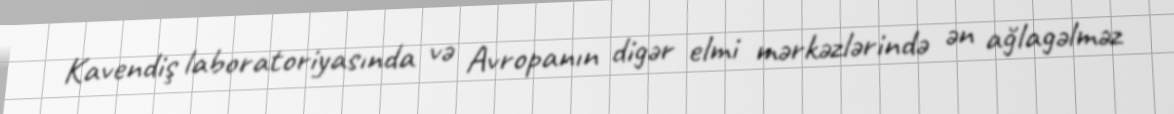
Kavendiş laboratoriyasında və Avropanın digər elmi mərkəzlərində ən ağlagəlməz